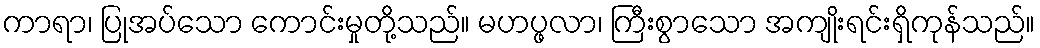
ကာရာ၊ ပြုအပ်သော ကောင်းမှုတို့သည်။ မဟပ္ဖလာ၊ ကြီးစွာသော အကျိုးရင်းရှိကုန်သည်။